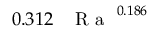
0 . 3 1 2 \, \mathrm { ~ \textit ~ { ~ R ~ a ~ } ~ } ^ { 0 . 1 8 6 }